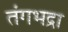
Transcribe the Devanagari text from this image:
तंगभद्रा